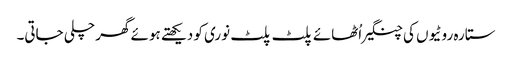
ستارہ روٹیوں کی چنگیراُٹھائے پلٹ پلٹ نوری کو دیکھتے ہوئے گھر چلی جاتی۔